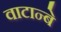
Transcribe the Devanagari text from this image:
वाटान्बे